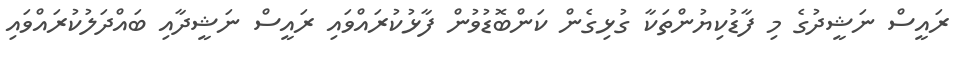
ރައީސް ނަޝީދުގެ މި ފާޑުކިޔުންތަކާ ގުޅިގެން ކަންބޮޑުވުން ފާޅުކުރައްވައި ރައީސް ނަޝީދާއި ބައްދަލުކުރައްވައި